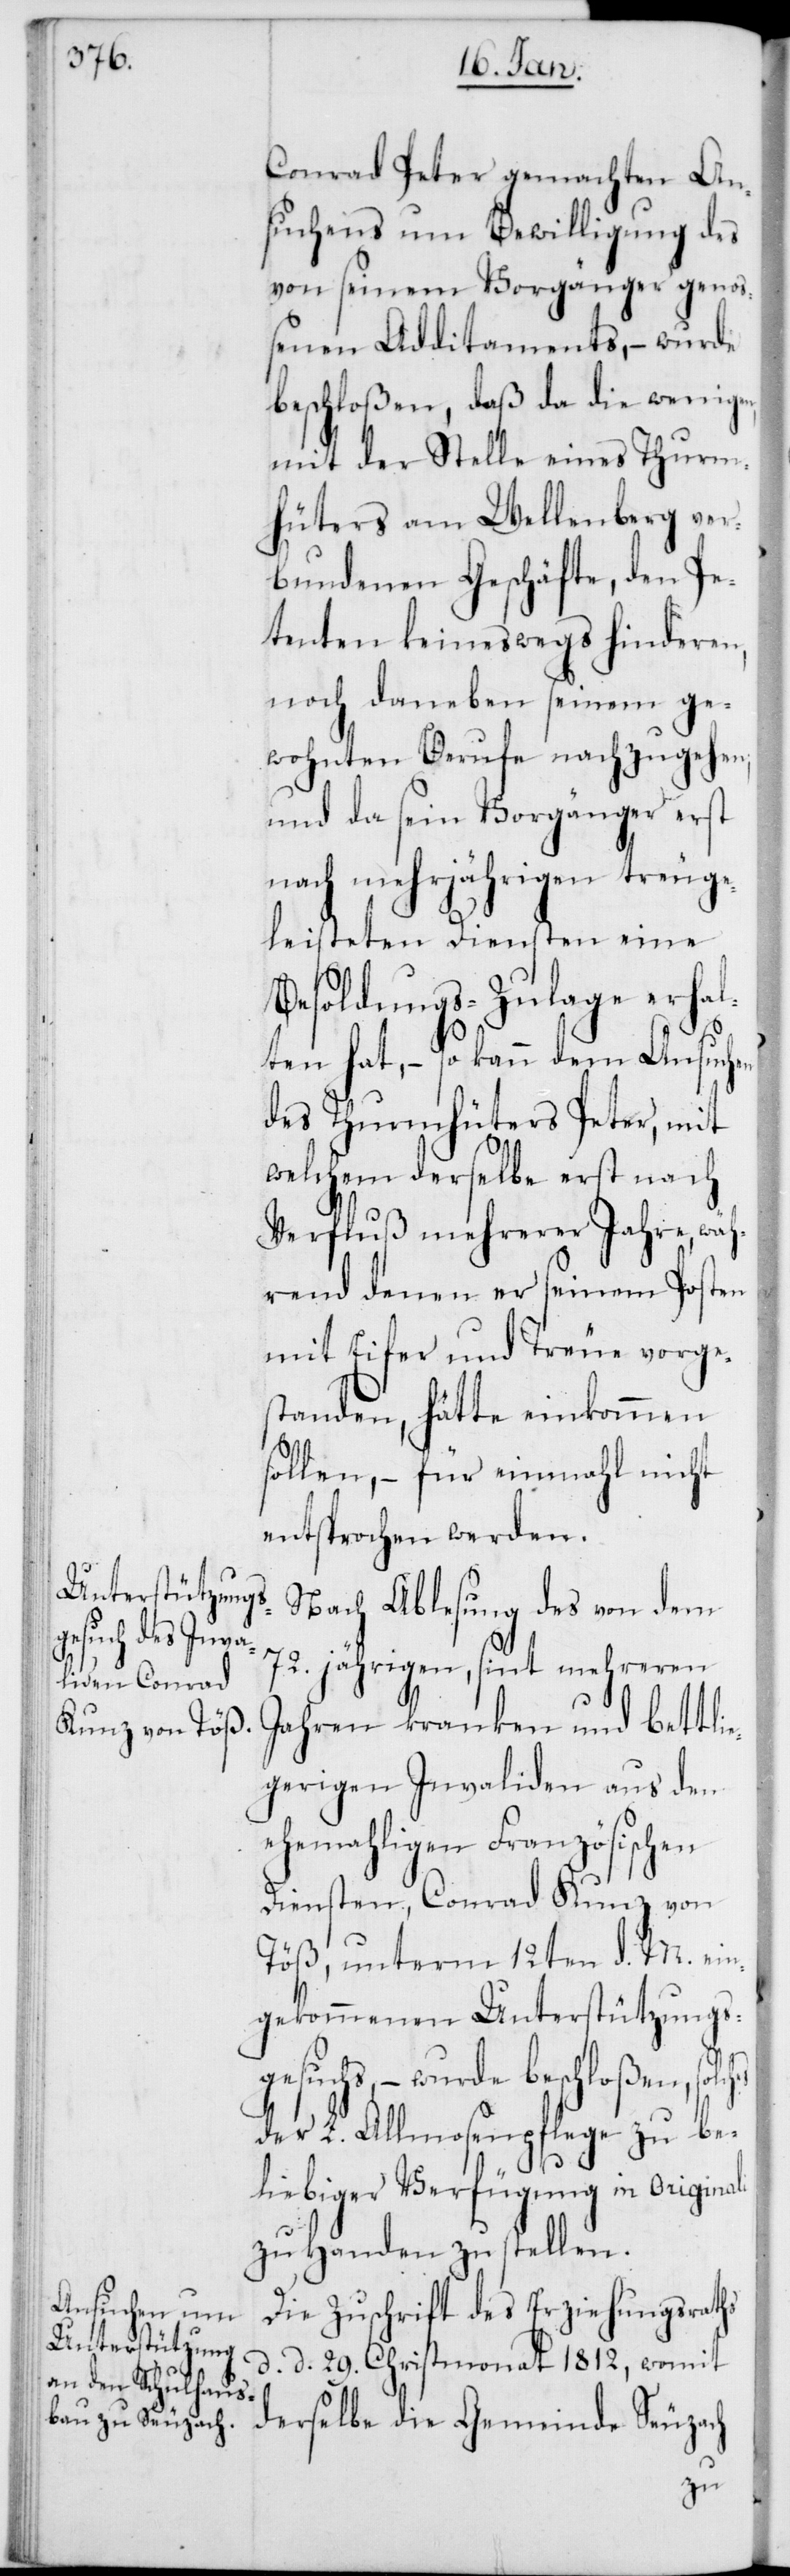
Conrad Peter gemachten An¬
suchens um Bewilligung des
von seinem Vorgänger geno¬
ßenen Additaments, – wurde
beschloßen, daß da die wenigen,
mit der Stelle eines Thurm¬
hüters am Wellenberg ver¬
bundenen Geschäfte, den Pe¬
tenten keineswegs hinderen,
noch daneben seinem ge¬
wohnten Berufe nachzugehen;
und da sein Vorgänger erst
nach mehrjährigen treuge¬
leisteten Diensten eine
Besoldungs-Zulage erhal¬
ten hat, – so kann dem Ansuchen
des Thurmhüters Peter, mit
welchem derselbe erst nach
Verfluß mehrerer Jahre, wäh¬
rend denen er seinem Posten
mit Eifer und Treue vorge¬
standen, hätte einkommen
sollen, – für einmahl nicht
entsprochen werden.
Nach Ablesung des von dem
72. jährigen, sint mehreren
Jahren kranken und bettli¬
egerigen Invaliden aus den
ehemahligen Französischen
Diensten, Conrad Kunz von
Töß, unterm 12ten d. M. ein¬
gekommenen Unterstützungs¬
gesuchs, – wurde beschloßen,
der L. Allmosenpflege zu be¬
liebiger Verfügung in Origina¬
zu Handen zu stellen.
Die Zuschrift des Erziehungsraths
d. d. 29sten Christmonat 1812, womit
li
derselbe die Gemeinde Seuzach